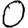
Digit: 0